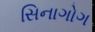
સિનાગોગ